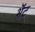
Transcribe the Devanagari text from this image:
भॆंट